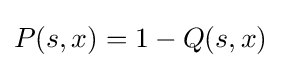
P(s,x)=1-Q(s,x)